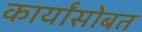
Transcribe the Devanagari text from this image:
कार्यांसोबत